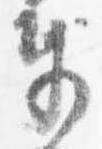
奉